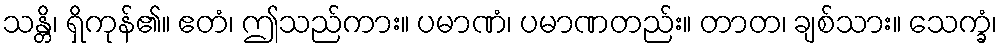
သန္တိ၊ ရှိကုန်၏။ ဧတံ၊ ဤသည်ကား။ ပမာဏံ၊ ပမာဏတည်း။ တာတ၊ ချစ်သား။ သေက္ခံ၊